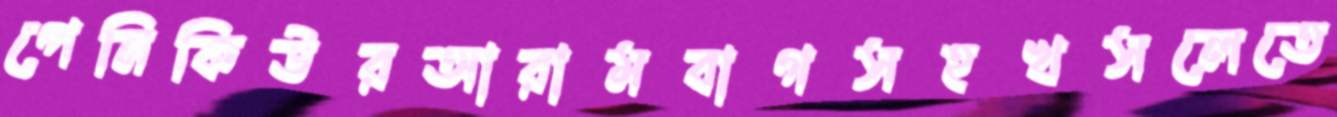
পেনিকিউরআরামবাগসহখসলেতে